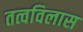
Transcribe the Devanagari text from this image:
तत्वविलास